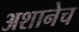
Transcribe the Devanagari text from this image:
अशानेच